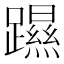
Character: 𨆰